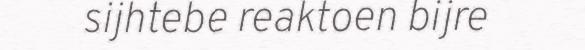
sijhtebe reaktoen bijre